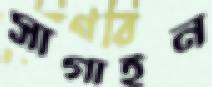
সাগাইন